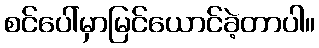
စင်ပေါ်မှာမြင်ယောင်ခဲ့တာပါ။